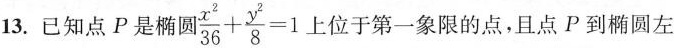
13.已知点P是椭圆 $$\frac{x^{2}}{36} + \frac{y^{2}}{8} = 1$$位于第一象限的点，且点P到椭圆左